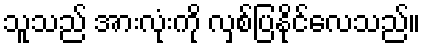
သူသည် အားလုံးကို လှစ်ပြနိုင်လေသည်။